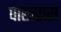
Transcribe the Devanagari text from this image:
पाखरास